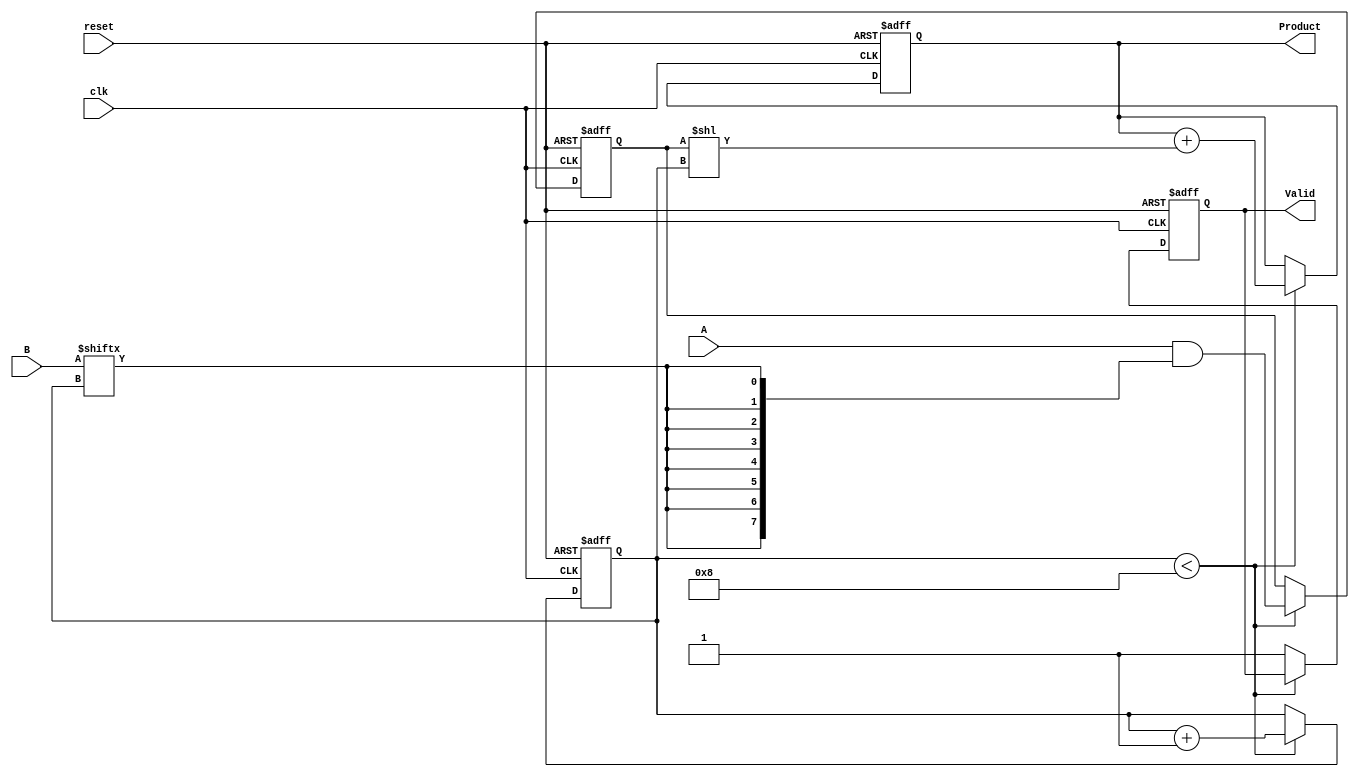
module PartialProductAccumulator #(
    parameter WIDTH = 8  // Bit-width for inputs and outputs
)(
    input  wire [WIDTH-1:0] A,      // Multiplicand
    input  wire [WIDTH-1:0] B,      // Multiplier
    input  wire clk,                 // Clock
    input  wire reset,               // Active-high reset
    output reg [2*WIDTH-1:0] Product, // Final accumulated product output
    output reg Valid                 // Signal indicating the product is valid
);

    reg [WIDTH-1:0] partial_product; // Temporary partial product storage
    reg [3:0] bit_counter;            // Bit counter to track processed bits

    // Initialize on reset
    always @(posedge clk or posedge reset) begin
        if (reset) begin
            Product <= 0;
            partial_product <= 0;
            bit_counter <= 0;
            Valid <= 0;
        end else begin
            // Check if we've processed all bits
            if (bit_counter < WIDTH) begin
                // Generate partial product for the current bit
                partial_product <= A & {WIDTH{B[bit_counter]}};
                
                // Accumulate the current partial product
                Product <= Product + (partial_product << bit_counter);
                
                // Increment the bit counter
                bit_counter <= bit_counter + 1;
            end else begin
                // Once all bits are processed, indicate the product is valid
                Valid <= 1;
            end
        end
    end

endmodule